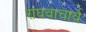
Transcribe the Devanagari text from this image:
राघवाचार्य